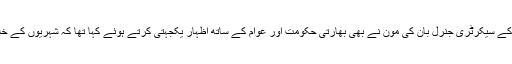
اقوامِ متحدہ کے ایک ترجمان کے مطابق عالمی ادارے کے سیکرٹری جنرل بان کی مون نے بھی بھارتی حکومت اور عوام کے ساتھ اظہارِ یکجہتی کرتے ہوئے کہا تھا کہ شہریوں کے خلاف تشدد کی بلا امتیاز کارروائیوں کا کوئی جواز نہیں۔